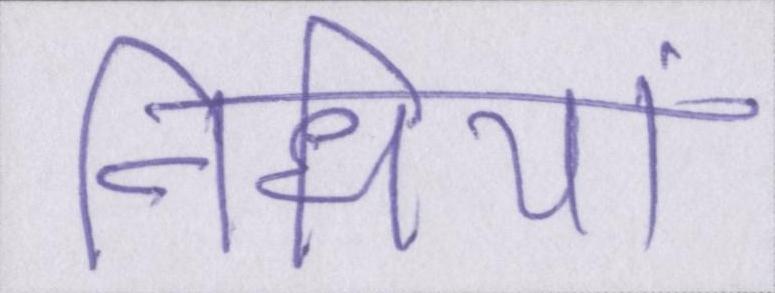
निधियां